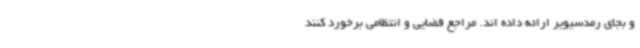
و بجای رمدسیویر ارائه داده اند. مراجع قضایی و انتظامی برخورد کنند